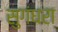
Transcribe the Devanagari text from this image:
सुगंधरा